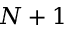
N + 1